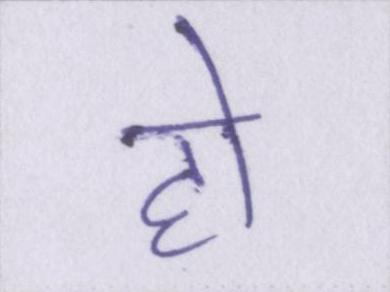
हो